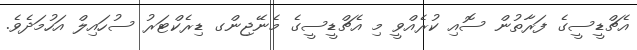
އެޗްޑީސީގެ ފަރާތުން ސޮއި ކުރެއްވީ މި އެޗްޑީސީގެ މެނޭޖިންގ ޑިރެކްޓަރު ސުހައިލް އަހުމަދެވެ.